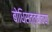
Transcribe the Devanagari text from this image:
बोधिसत्त्वाच्या